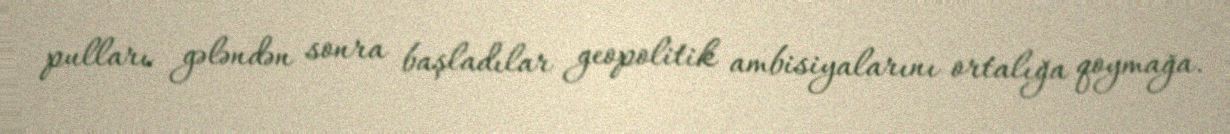
pulları gələndən sonra başladılar geopolitik ambisiyalarını ortalığa qoymağa.